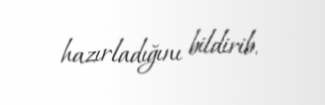
hazırladığını bildirib.